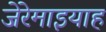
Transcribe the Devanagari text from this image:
जेरेमाइयाह